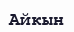
Айкын